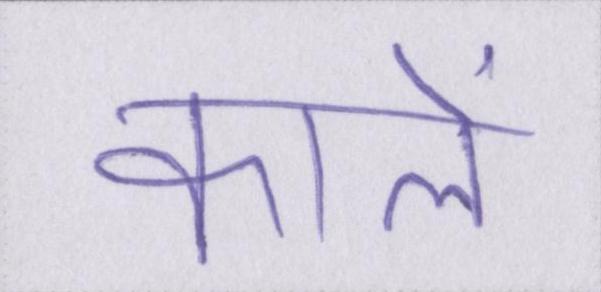
कॉलें